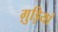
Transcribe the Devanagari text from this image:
ग़ुड़ियां